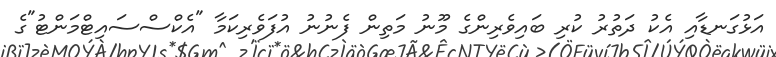
އަޅުގަނޑާއި އެކު ދަތުރު ކުރި ބައިވެރިންގެ މޫނު މަތިން ފެނުނު އުފަވެރިކަމާ "އެކްސްސައިޓްމަންޓު"ގެ